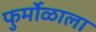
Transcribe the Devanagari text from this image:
फुर्मोळाला